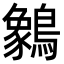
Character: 䴂